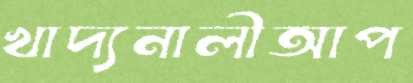
খাদ্যনালীআপ